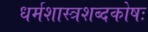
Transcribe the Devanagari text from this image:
धर्मशास्त्रशब्दकोषः